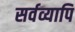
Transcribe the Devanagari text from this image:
सर्वव्यापि